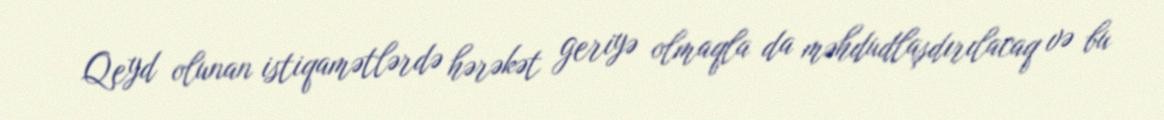
Qeyd olunan istiqamətlərdə hərəkət geriyə olmaqla da məhdudlaşdırılacaq və bu